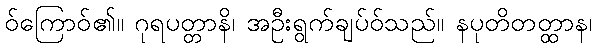
ဝ်ကြောဝ်၏။ ဂုရပတ္တာနိ၊ အဦးရွက်ချပ်ဝ်သည်။ နပုတိတတ္ထာန၊